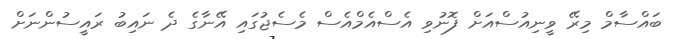
ބައްސާމް މިރޭ ވީނިއުސްއަށް ފޮނުވި އެސްއެމްއެސް މެސެޖުގައި އޭނާގެ ދެ ނައިބު ރައީސުންނަށް